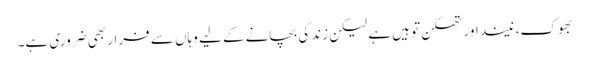
بھوک، نیند اور تھکن تو ہیں ہے لیکن زندگی بچانے کے لیے وہاں سے فرار بھی ضروری ہے۔